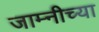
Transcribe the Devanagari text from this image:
जाम्नीच्या